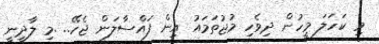
މި ކަހަލަ މީހުން ދިވެހި މުޖުތަމައު އިން ފައްސާލަން ޖެހޭ.. .މި ލާދީނީ